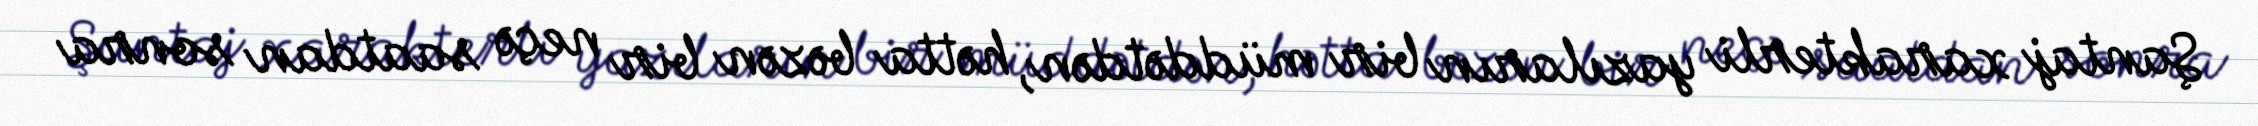
Şantaj xarakterli yazıların bir müddətdən, hətta bəzən bir neçə saatdan sonra